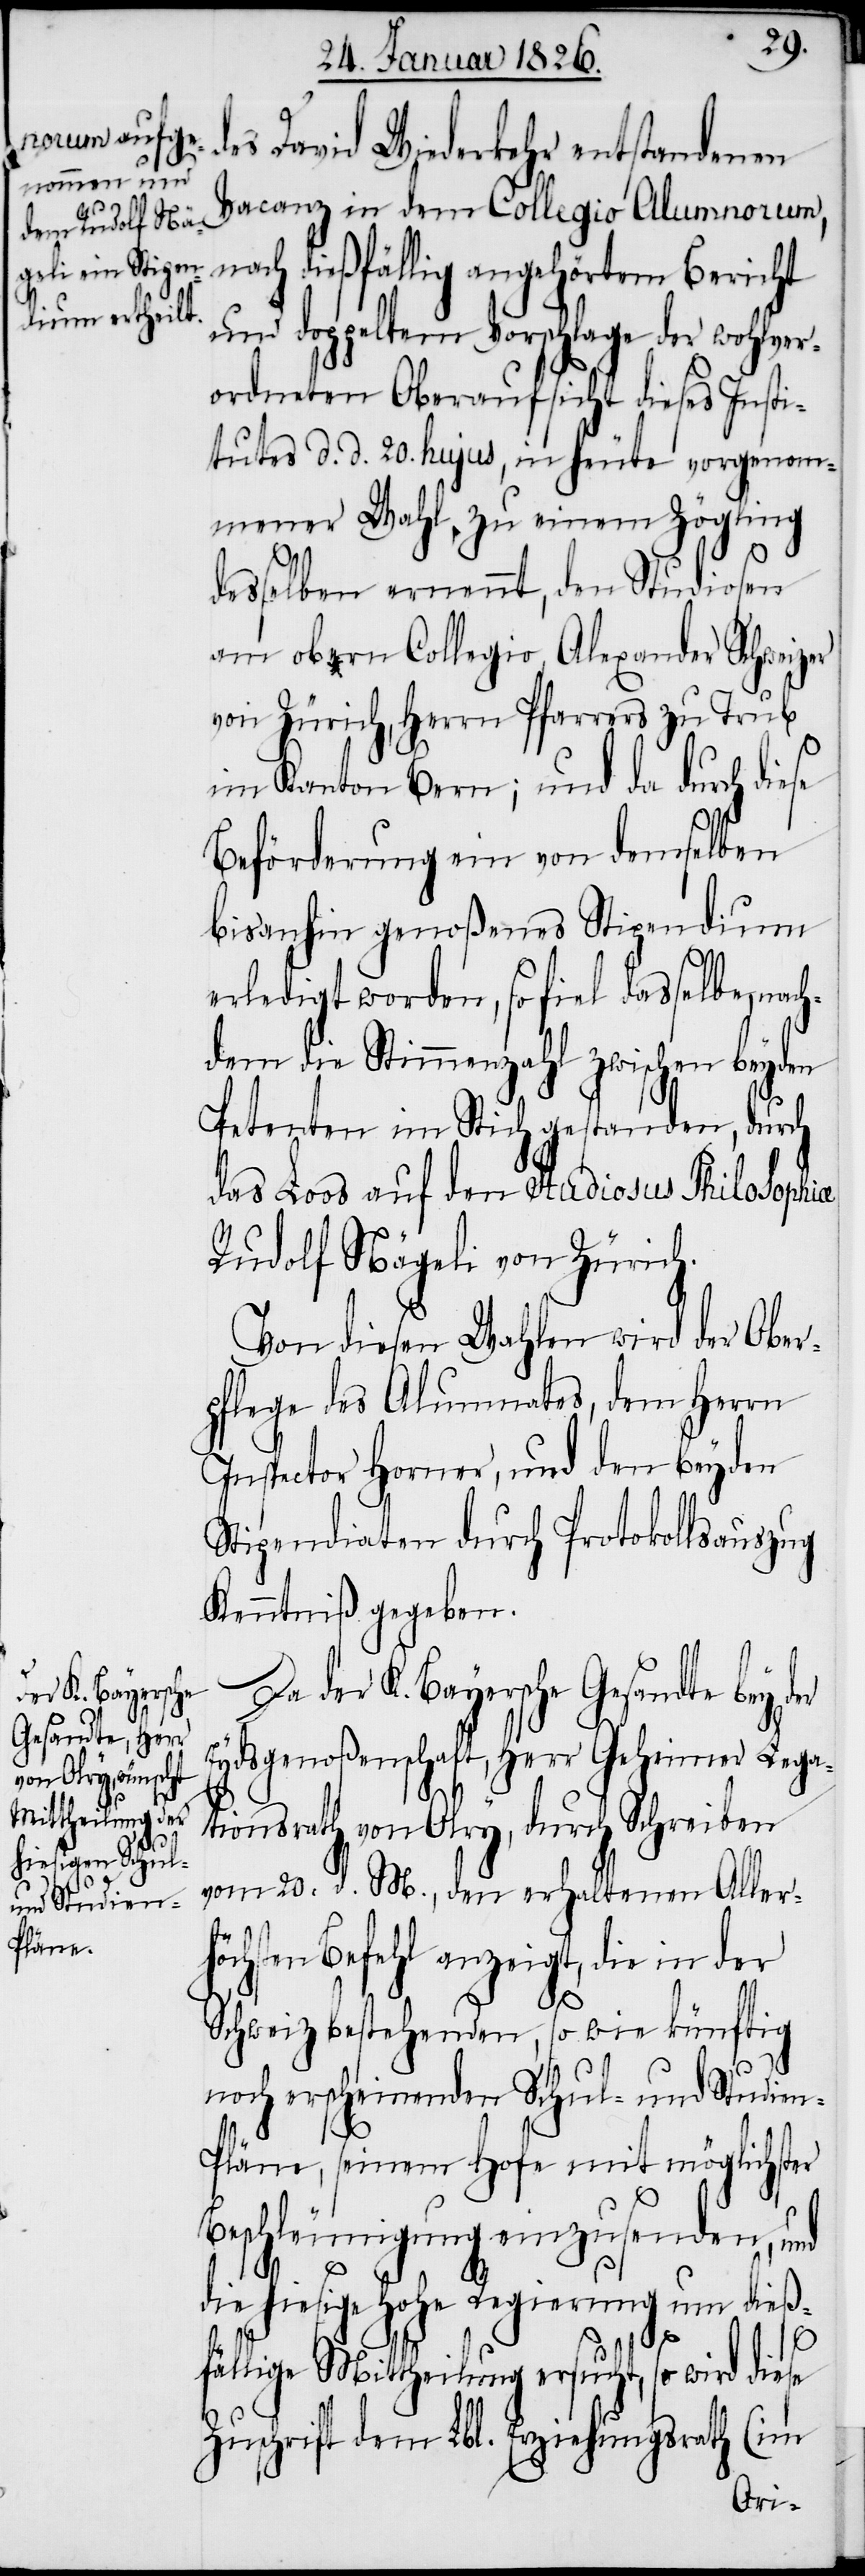
der K. Bayersche
Gesandte bey

des David Wiederkehr entstandenen
Vacanz in dem Collegio Alumnorum,
nach dießfällig angehörtem Bericht
und doppeltem Vorschlage der wohlver¬
ordneten Oberaufsicht dieses Insti¬
tutes d. d. 20. hujus, in heute vorgenom¬
mener Wahl, zu einem Zögling
desselben ernennt, den Studiosen
am obern Collegio Alexander Schweizer
von Zürich, Herrn Pfarrers zu Trub
im Kanton Bern; und da durch diese
Beförderung ein von demselben
bisanhin genoßenes Stipendium
erledigt worden, so fiel dasselbe nac¬
hdem die Stimmenzahl zwischen beyden
Petenten im Stich gestanden, durch
das Loos auf den Studiosus Philosophia
Rudolf Nägeli von Zürich.
Von diesen Wahlen wird der Ober¬
pflege des Alumnates, dem Herrn
Inspector Horner, und den beyden
Stipendiaten durch Protokollsauszug
Kenntniß gegeben.
Eydsgenoßenschaft, Herr Geheimer Lega¬
tionsrath von Olry, durch Schreiben
vom 20. d. M., den erhaltenen Allerh¬
öchsten Befehl anzeigt, die in der
Schweiz bestehenden, so wie künftig
noch erscheinenden Schul- und Studie¬
n-Pläne, seinem Hofe mit möglichster
Beschleunigung einzusenden, und
die hiesige hohe Regierung um dieß¬
fällige Mittheilung ersucht, so wird
Zuschrift dem Lbl. Erziehungsrath (im